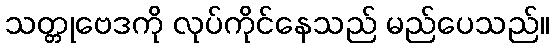
သတ္တုဗေဒကို လုပ်ကိုင်နေသည် မည်ပေသည်။